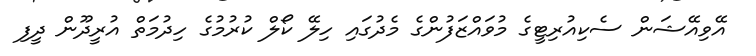
އޭވިއޭޝަން ސެކިއުރިޓީގެ މުވައްޒަފުންގެ މެދުގައި ހިލޭ ކޯލް ކުރުމުގެ ހިދުމަތް އުރީދޫން ދީފި